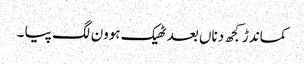
کماندڑ کجھ دناں بعد ٹھیک ہوون لگ پیا ۔